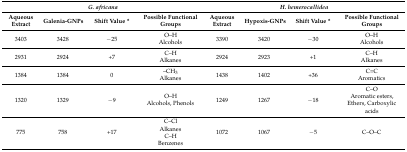
<table><thead><tr><td colspan="4"><b><i>G. africana</i></b></td><td colspan="4"><b><i>H. hemerocallidea</i></b></td></tr><tr><td><b>Aqueous Extract</b></td><td><b>Galenia-GNPs</b></td><td><b>Shift Value *</b></td><td><b>Possible Functional Groups</b></td><td><b>Aqueous Extract</b></td><td><b>Hypoxis-GNPs</b></td><td><b>Shift Value *</b></td><td><b>Possible Functional Groups</b></td></tr></thead><tbody><tr><td>3403</td><td>3428</td><td>−25</td><td>O–HAlcohols</td><td>3390</td><td>3420</td><td>−30</td><td>O–HAlcohols</td></tr><tr><td>2931</td><td>2924</td><td>+7</td><td>C–HAlkanes</td><td>2924</td><td>2923</td><td>+1</td><td>C–HAlkanes</td></tr><tr><td>1384</td><td>1384</td><td>0</td><td>–CH<sub>3</sub>Alkanes</td><td>1438</td><td>1402</td><td>+36</td><td>C=CAromatics</td></tr><tr><td>1320</td><td>1329</td><td>−9</td><td>O–HAlcohols, Phenols</td><td>1249</td><td>1267</td><td>−18</td><td>C–OAromatic esters, Ethers, Carboxylic acids </td></tr><tr><td>775</td><td>758</td><td>+17</td><td>C–ClAlkanesC–HBenzenes</td><td>1072</td><td>1067</td><td>−5</td><td>C–O–C</td></tr></tbody></table>